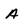
Character: A